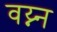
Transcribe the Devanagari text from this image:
वय्न्न